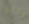
والر